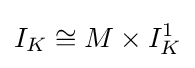
I_{K}\cong M\times I_{K}^{1}